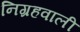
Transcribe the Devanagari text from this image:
निग्रहवाली